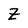
Character: Z